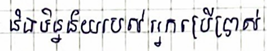
និងទិន្នន័យរបស់អ្នកប្រើប្រាស់